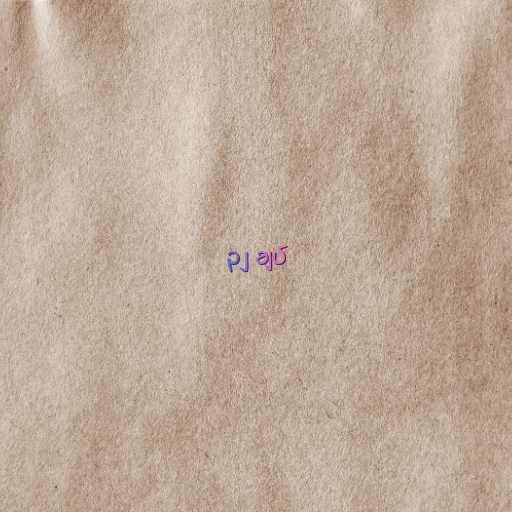
၃၂ ချပ်